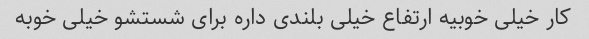
کار خیلی خوبیه ارتفاع خیلی بلندی داره برای شستشو خیلی خوبه